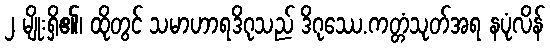
၂ မျိုးရှိ၏၊ ထိုတွင် သမာဟာရဒိဂုသည် ဒိဂုဿေ.ကတ္တံသုတ်အရ နပုံလိန်